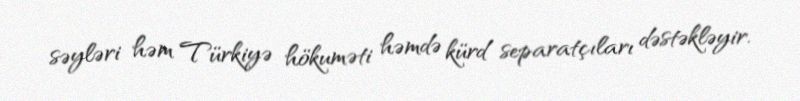
səyləri həm Türkiyə hökuməti həmdə kürd separatçıları dəstəkləyir.